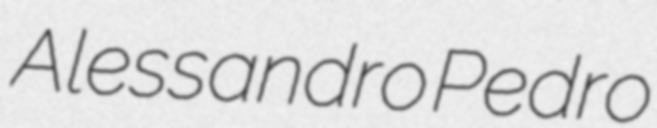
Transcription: Alessandro Pedro